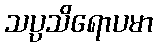
သပ္ပသိရောပမာ